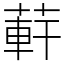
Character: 蓒